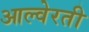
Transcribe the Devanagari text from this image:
आल्वेरती